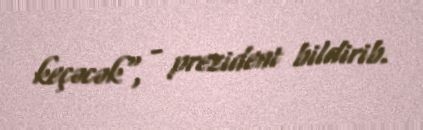
keçəcək", - prezident bildirib.